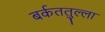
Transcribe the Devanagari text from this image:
बर्कततुल्ला